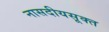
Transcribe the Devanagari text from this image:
नासदीयसूक्त